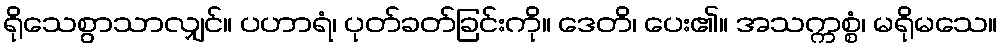
ရိုသေစွာသာလျှင်။ ပဟာရံ၊ ပုတ်ခတ်ခြင်းကို။ ဒေတိ၊ ပေး၏။ အသက္ကစ္စံ၊ မရိုမသေ။